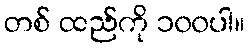
တစ် ထည်ကို ၁၀၀ပါ။